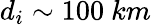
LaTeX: d_{i}\sim 100~km